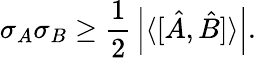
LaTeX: \sigma_{A}\sigma_{B}\geq{\frac{1}{2}}\left|\langle[{\hat{A}},{\hat{B}}]\rangle\right|.